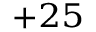
^ { + 2 5 }